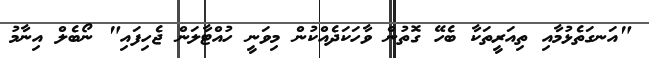
"އަނގަތެޅުމާއި ތިއަރީތަކާ ބެހޭ ގޮތުން ވާހަކަދެއްކުން މިވަނީ ހުއްޓާލަން ޖެހިފައި" ނޯބެލް އިނާމު